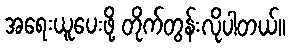
အရေးယူပေးဖို့ တိုက်တွန်းလိုပါတယ်။